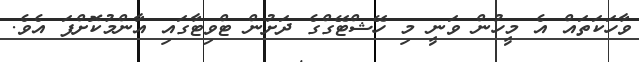
ވާހަކަތައް އެ މީހުން ވަނީ މި ހޭޝްޓޭގްގެ ދަށުން ޓްވިޓާގައި އާންމުކޮށްފަ އެވެ.